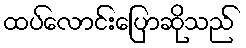
ထပ်လောင်းပြောဆိုသည်